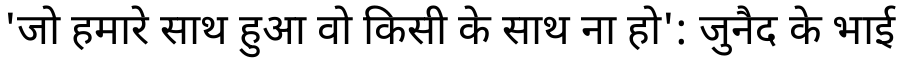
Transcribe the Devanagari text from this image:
'जो हमारे साथ हुआ वो किसी के साथ ना हो': जुनैद के भाई